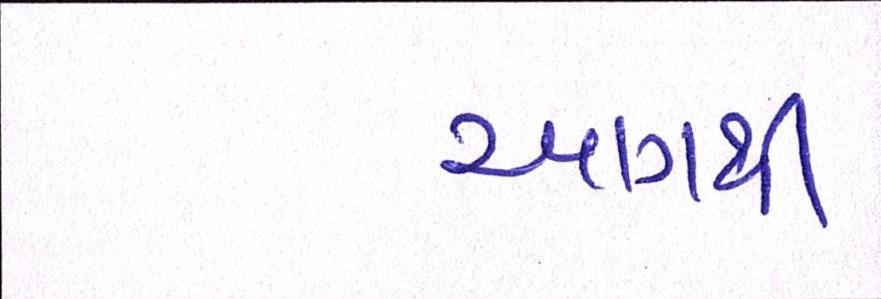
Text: આગથી